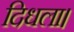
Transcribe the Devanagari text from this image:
दिधला।